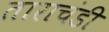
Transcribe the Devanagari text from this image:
ताराचंडी